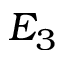
E _ { 3 }